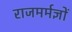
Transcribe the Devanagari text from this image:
राजमर्मज्ञों